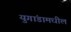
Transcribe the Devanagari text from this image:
युगांडामधील